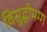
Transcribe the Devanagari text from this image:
विसुद्धीमग्ग